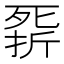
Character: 𣩁